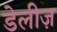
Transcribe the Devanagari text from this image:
डेलीज़